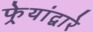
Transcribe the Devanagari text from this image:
फेर्‍यांद्वारे